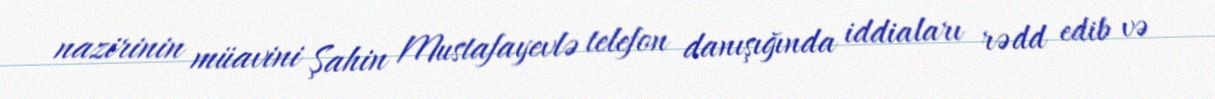
nazirinin müavini Şahin Mustafayevlə telefon danışığında iddiaları rədd edib və